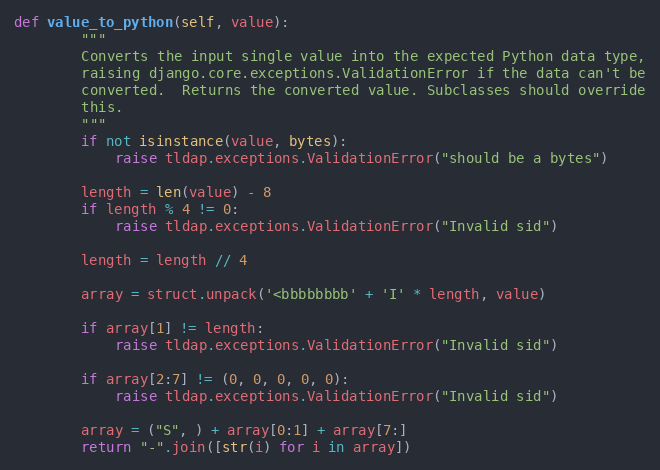
Language: Python
def value_to_python(self, value):
        """
        Converts the input single value into the expected Python data type,
        raising django.core.exceptions.ValidationError if the data can't be
        converted.  Returns the converted value. Subclasses should override
        this.
        """
        if not isinstance(value, bytes):
            raise tldap.exceptions.ValidationError("should be a bytes")

        length = len(value) - 8
        if length % 4 != 0:
            raise tldap.exceptions.ValidationError("Invalid sid")

        length = length // 4

        array = struct.unpack('<bbbbbbbb' + 'I' * length, value)

        if array[1] != length:
            raise tldap.exceptions.ValidationError("Invalid sid")

        if array[2:7] != (0, 0, 0, 0, 0):
            raise tldap.exceptions.ValidationError("Invalid sid")

        array = ("S", ) + array[0:1] + array[7:]
        return "-".join([str(i) for i in array])